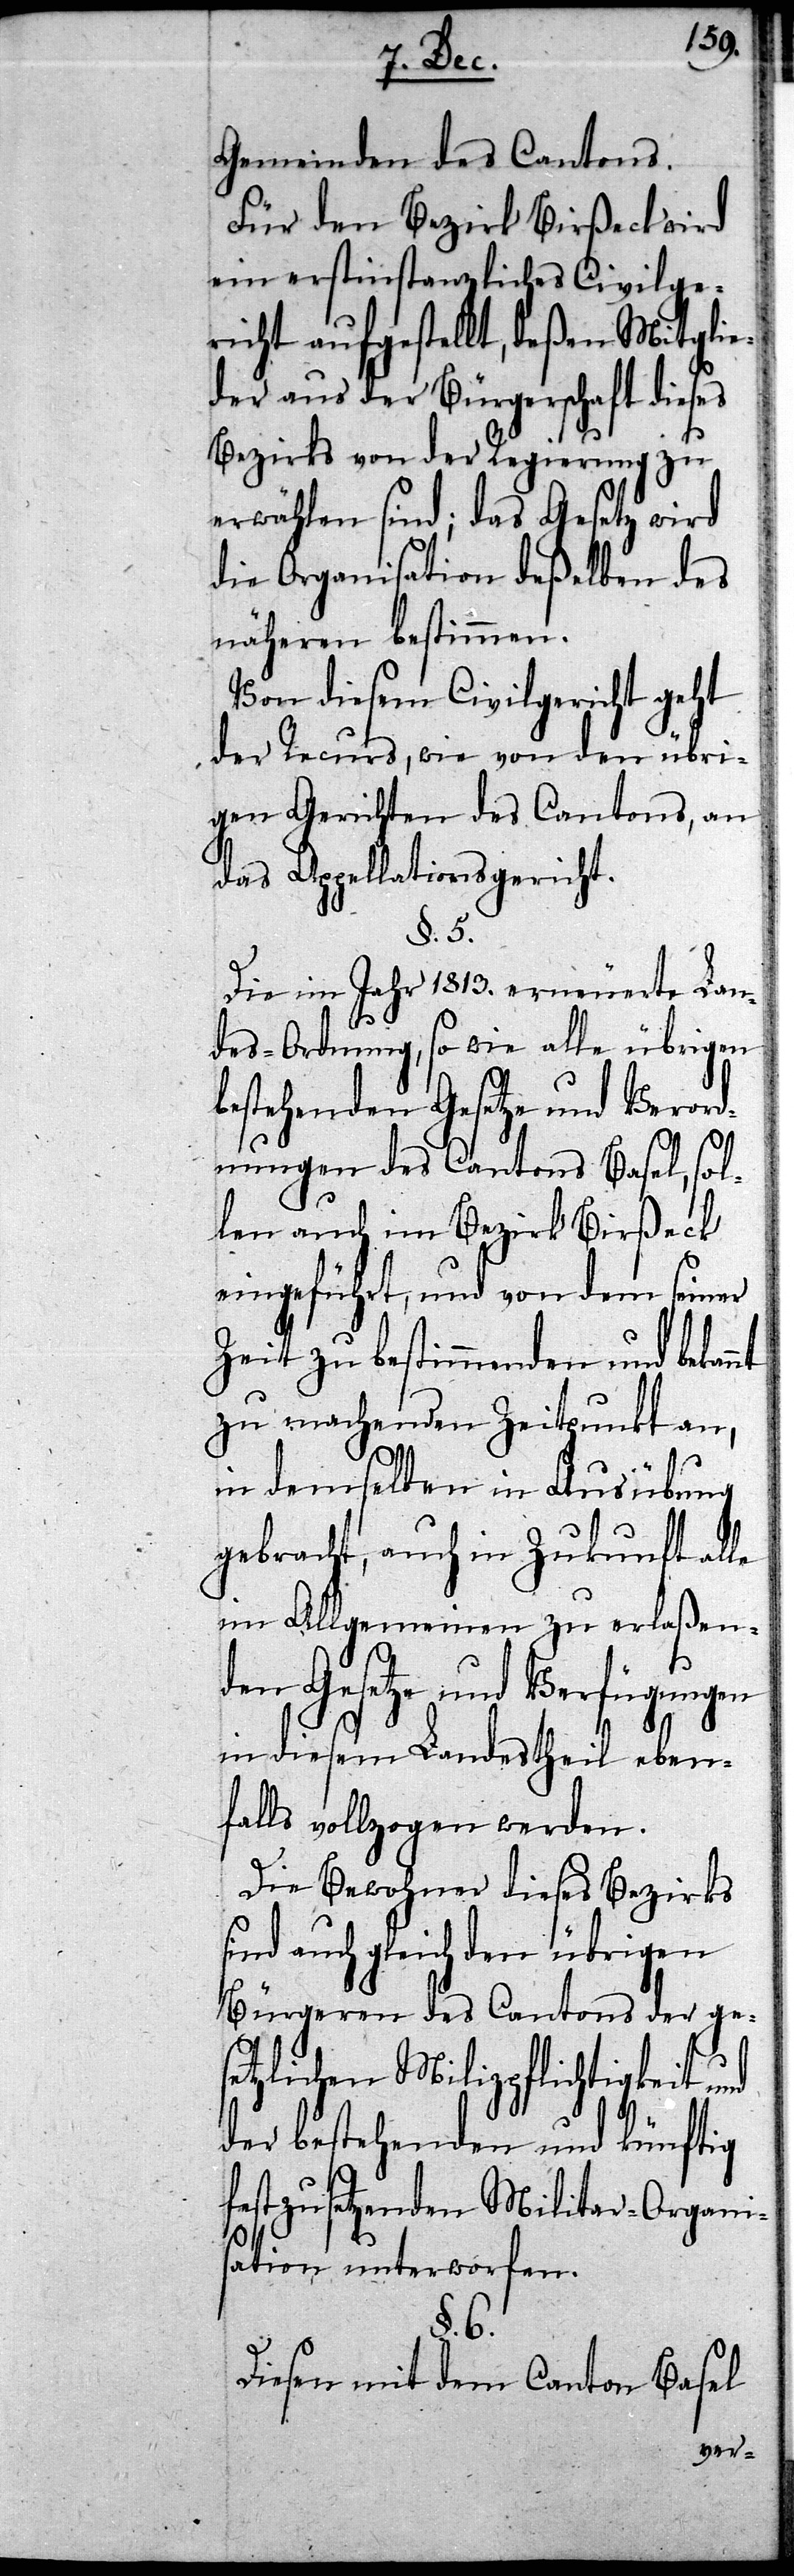
Gemeinden des Cantons.
Für den Bezirk Birßeck wird
ein erstinstanzliches Civilge¬
richt aufgestellt, deßen Mitglie¬
der aus der Bürgerschaft dieses
Bezirks von der Regierung zu
erwählen sind; das Gesetz wird
die Organisation deßelben des
näheren bestimmen.
Von diesem Civilgericht geht
der Recurs, wie von den übri¬
gen Gerichten des Cantons, an
das Appellationsgericht.
§. 6.
Die im Jahr 1813. erneuerte Lan¬
des-Ordnung, so wie alle übrigen
bestehenden Gesetze und Verord¬
nungen des Cantons Basel, sol¬
len auch im Bezirk Birßeck
eingeführt, und von dem sein¬
Zeit zu bestimmenden und
zu machenden Zeitpunkt an,
in demselben in Ausübung
gebracht, auch in Zukunft
im Allgemeinen zu erlaß¬
den Gesetze und Verfügungen
in diesem Landestheil
falls vollzogen werden.
Die Bewohner dieses Bezirks
auch gleich den übrigen
Bürgeren des Cantons der ges¬
etzlichen Milizpflichtigkeit und
der bestehenden und künftig
festzusetzenden Militar-Organis¬
ation unterworfen.
Diesen mit dem Canton Basel
eben¬